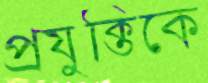
প্রযুক্তিকে